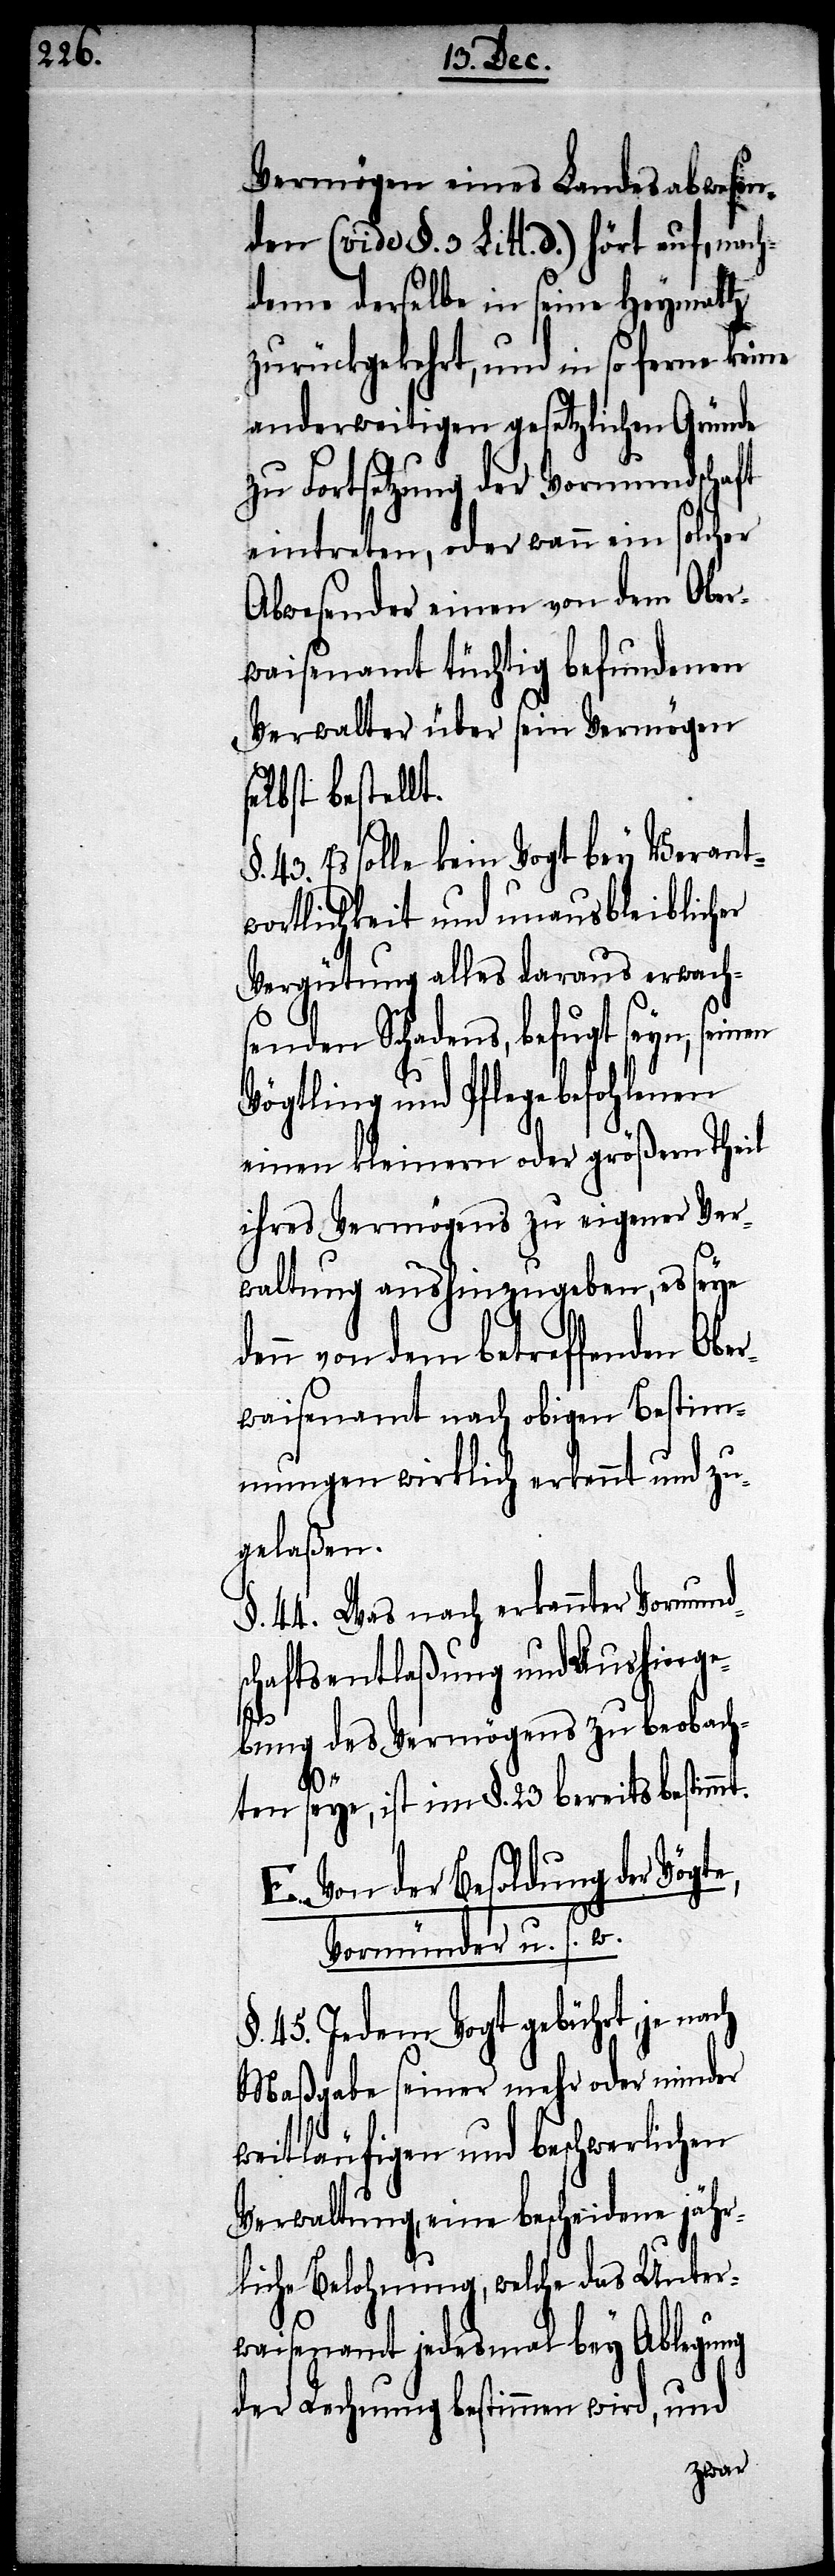
Vermögen eines Landesabwesen¬
den (vide §. 3. Litt. d.) hört auf, nach¬
dem derselbe in seiner Heymath
zurückgekehrt, und in so ferne keine
anderweitigen gesetzlichen Gründe
zu Fortsetzung der Vormundschaft
eintreten, oder wann ein solcher
Abwesender einen von dem Ober¬
waisenamt tüchtig befundenen
Verwalter über seine Vermögen s¬
elbst bestellt.
43. Es solle kein Vogt bey Verant¬
wortlichkeit und unausbleiblicher
Vergütung alles daraus erwach¬
senden Schadens, befugt seyn,
Vögtling und Pflege befohlenen
einen kleinern oder größern Theil
ihres Vermögens zu eigener Ver¬
waltung aushinzugeben, es seye
von dem betreffenden Obe¬
rwaisenamt nach obigen Bestim¬
mungen wirklich erkennt und zu¬
gelaßen.
§. 44. Was nach erkannter Vormund¬
schaftsentlaßung und Aushinge¬
bung des Vermögens zu beobach¬
ten seye, ist im §. 23. bereits bestimmt.
E. Von der Besoldung der
Vormünder u. s. w.
§. 45. Jedem Vogt gebührt, je
Maßgabe seiner mehr oder minder
weitläufigen und beschwerlichen
Verwaltung, eine bescheidene jähr¬
liche Belohnung, welche das Unter¬
waisenamt jedesmal bey Ablegung
der Rechnung bestimmten wird, und